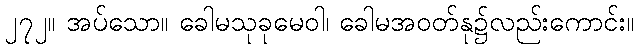
၂၇၂။ အပ်သော။ ခေါမသုခုမေဝါ၊ ခေါမအဝတ်နု၌လည်းကောင်း။